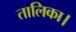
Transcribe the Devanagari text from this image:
तालिका।